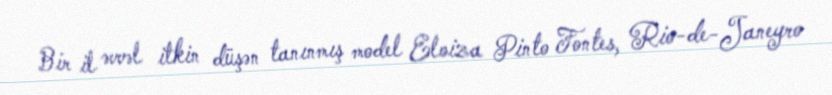
Bir il əvvəl itkin düşən tanınmış model Eloiza Pinto Fontes, Rio-de-Janeyro